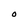
Character: O